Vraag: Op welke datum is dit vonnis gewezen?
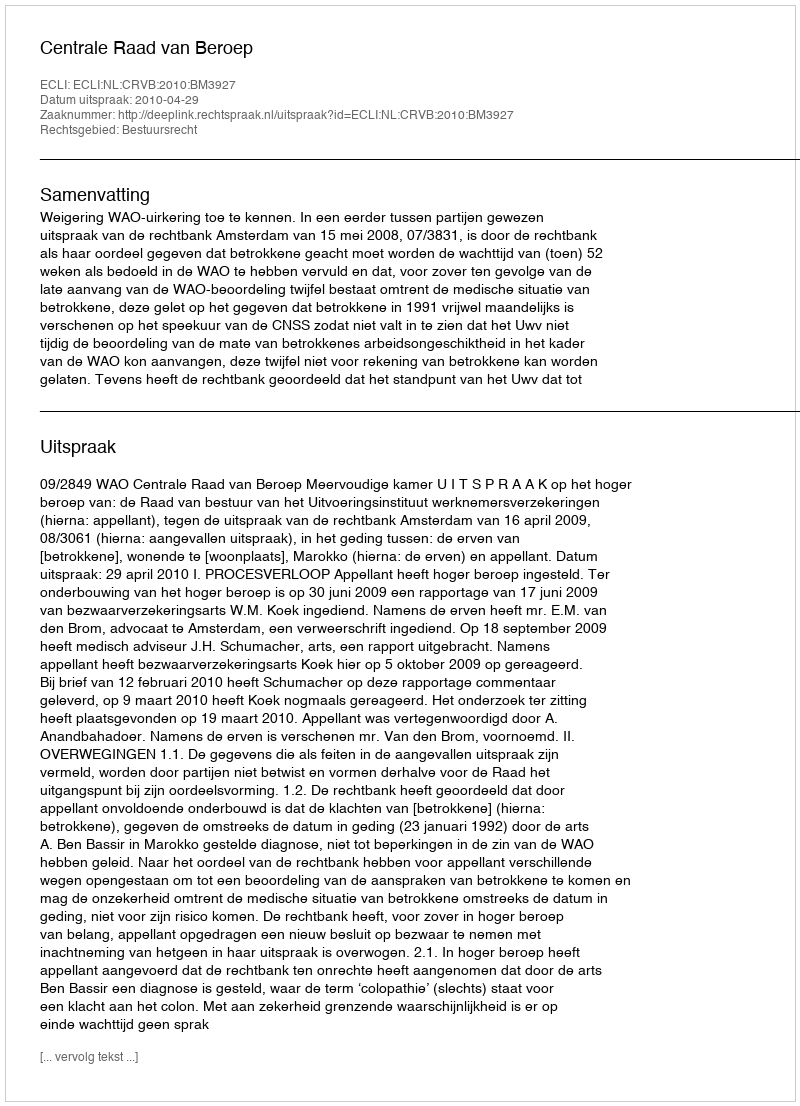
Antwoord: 2010-04-29